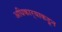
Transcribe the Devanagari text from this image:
अधिकार्‍याकडून